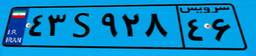
۴۳S۹۲۸۴۶